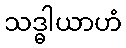
သဒ္ဓါယာဟံ